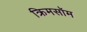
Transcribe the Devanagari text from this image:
क्रिमसॉम